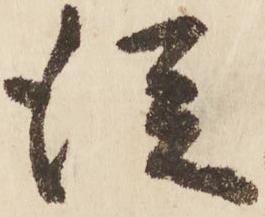
従